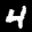
Label: 4